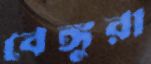
বেঙ্গুরা